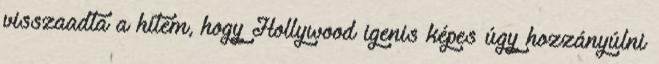
visszaadta a hitem, hogy Hollywood igenis képes úgy hozzányúlni